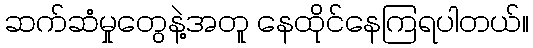
ဆက်ဆံမှုတွေနဲ့အတူ နေထိုင်နေကြရပါတယ်။